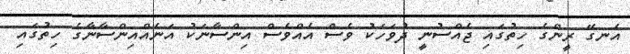
އެނގޭ ރީންގެ ހިތުގައި ޖެއްސުނީ ދުވަހަކު ވެސް އެއްވެސް އިންސާނަކު އަނެއްއިންސާނާގެ ހިތުގައި